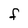
Character: F